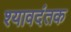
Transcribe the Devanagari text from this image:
श्यावदंतक